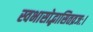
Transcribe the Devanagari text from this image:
स्वभासोद्भासितव्रजः।